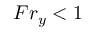
F r _ { y } < 1